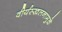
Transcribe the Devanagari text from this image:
वीर्यस्खलनामुळे